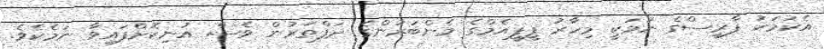
އެކަމަކު ފާރިސްގެ ނަމަކީ މިހާރު ޕީޕީއެމްގެ މެންބަރުންގެ ދަފްތަރުން ވެސް އުނިކޮށްފައިވާ ނަމެކެވެ.